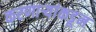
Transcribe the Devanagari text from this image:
करणाऱ्यांकडून